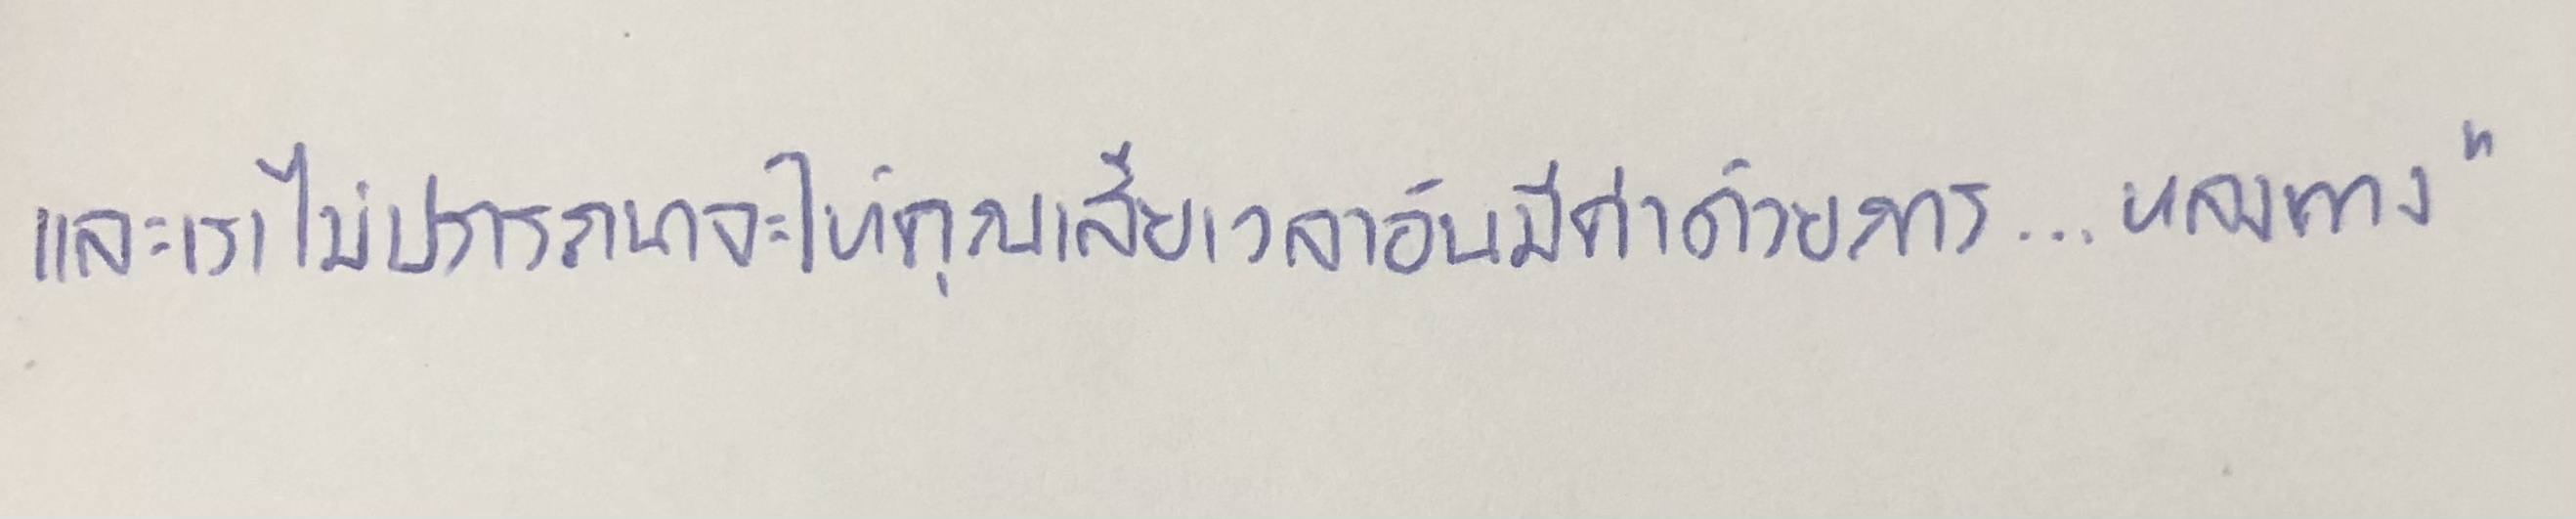
และเราไม่ปรารถนาจะให้คุณเสียเวลาอันมีค่าด้วยการ...หลงทาง"